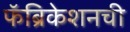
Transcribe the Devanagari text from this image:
फॅब्रिकेशनची